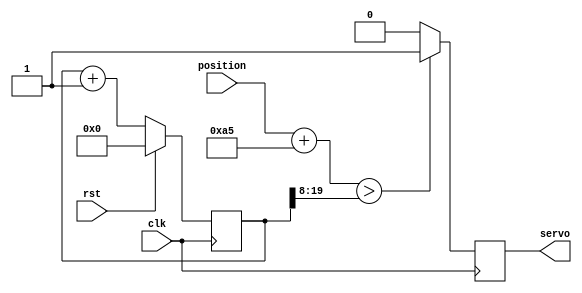
`timescale 1ns / 1ps
//////////////////////////////////////////////////////////////////////////////////
// Company: 
// Engineer: 
// 
// Design Name: 
// Module Name:    servo 
// Project Name: 
// Target Devices: 
// Tool versions: 
// Description: 
//For our servo controller we need a pulse width of 1ms-2ms. 
//That means it needs to have a compare value from 50,000 - 100,000. 
//The most important part here is that we our neutral is at 75,000. 
//
//This servo controller will be an 8 bit controller. 
//That means we want to have 256 positions for the servo, specified by an input to our module.
//We need to figure out a way to easily make a value from 0-255 range from about 50,000-100,000.
//
//First we need to scale our value. We need 255 to be 50,000, so 50,000/255 = ~196. 
//That is pretty close to 256, so we can just shift our value by 8 bits to the left.
//
//Now we need an offset to make sure our center value is close to 75,000. 
//To find this we do (75,000 - (128 * 2^8)) / 2^8 = ~165. 
//That means we need to just add 165 to our input value and then scale that by 256, by shifting to the left 8 bits.
//Dependencies: 
//
// Revision: 
// Revision 0.01 - File Created
// Additional Comments: 
//
//////////////////////////////////////////////////////////////////////////////////
module servo (
    input clk,
    input rst,
    input [7:0] position,
    output servo
  ); 
   
  reg pwm_d, pwm_q;
//  We want the frequency to be roughly 50Hz, or a 20ms period. 
//  Since we know the Mojo runs at 50MHz, we need to divide that down by 1,000,000. 
//  Log2(1,000,000) = ~19.9, that's pretty close to 20 so we're going to use a 20 bit counter. 
  reg [19:0] ctr_d, ctr_q; //counter of 20 bits for correct servo frequency 
   
  assign servo = pwm_q;
   
  always @(*) begin
    ctr_d = ctr_q + 1'b1;
     
    if (position + 9'd165 > ctr_q[19:8])
      pwm_d = 1'b1;
    else
      pwm_d = 1'b0;
  end
   
  always @(posedge clk) begin
    if (rst) begin
      ctr_q <= 1'b0;
    end else begin
      ctr_q <= ctr_d;
    end
     
    pwm_q <= pwm_d;
  end
   
endmodule